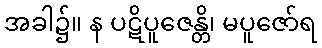
အခါ၌။ န ပဋိပူဇေန္တိ၊ မပူဇော်ရ